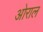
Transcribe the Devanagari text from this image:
ओराल